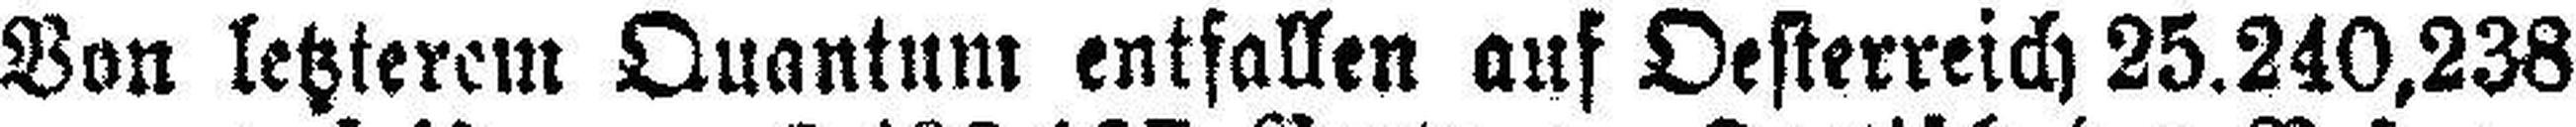
Von letzterem Quantum entfallen auf Oesterreich 25.240,238